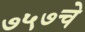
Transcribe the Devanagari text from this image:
७५७चे